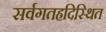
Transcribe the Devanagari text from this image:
सर्वगतह्रदिस्थित